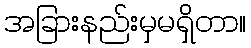
အခြားနည်းမှမရှိတာ။